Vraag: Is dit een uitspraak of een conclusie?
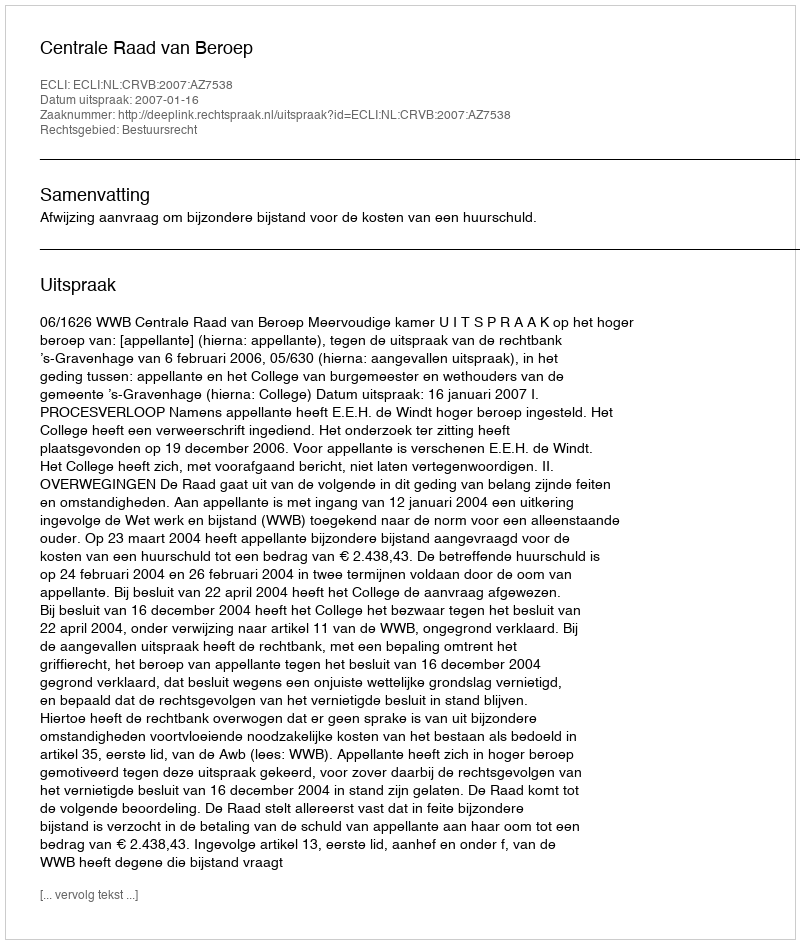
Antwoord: Uitspraak